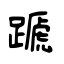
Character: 蹏